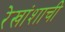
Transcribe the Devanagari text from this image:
रेखांशाची